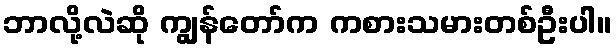
ဘာလို့လဲဆို ကျွန်တော်က ကစားသမားတစ်ဦးပါ။